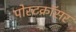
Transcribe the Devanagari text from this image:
पोस्टक्रॉसर